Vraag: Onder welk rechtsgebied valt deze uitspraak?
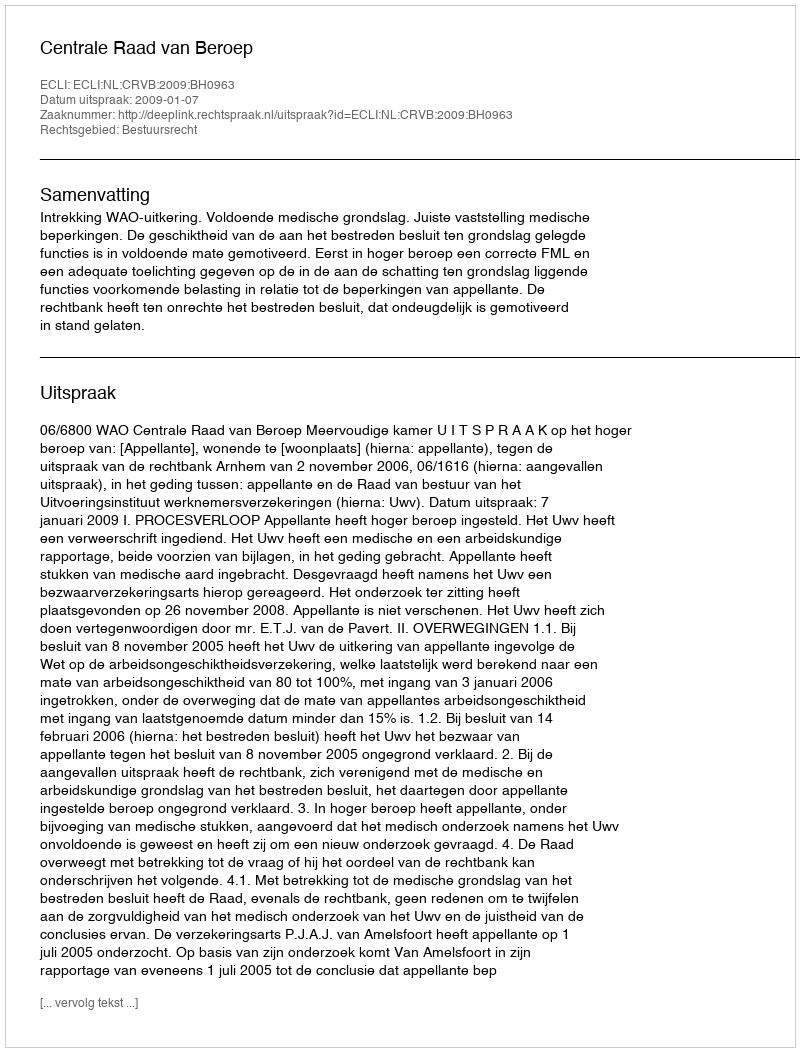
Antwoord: Bestuursrecht